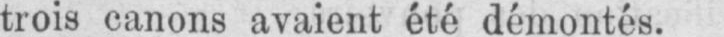
trois canons avaient été démontés.